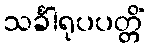
သင်္ခါရုပပတ္တိံ